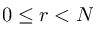
0 \leq r < N